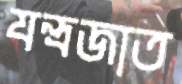
যন্ত্রজাত